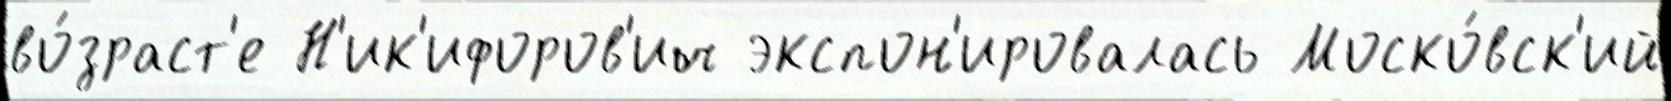
во́зраст'е Н'ик'ифоров'ич экспон'ировалась Моско́вск'ий